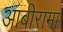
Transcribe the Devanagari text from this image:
आबीरामा